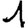
Digit: 1